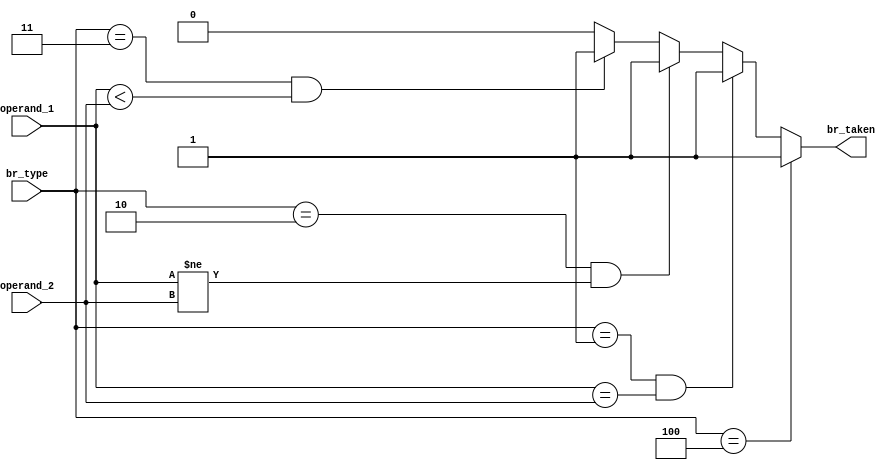
module BranchCondition(
    input[2:0] br_type,
    input[31:0] operand_1, operand_2,
    output reg br_taken
);
 
parameter NB = 3'b000;   
parameter BEQ = 3'b001;
parameter BNE = 3'b010;
parameter BLT = 3'b011;
parameter UC = 3'b100;

always@(*)
begin
    if((br_type == BEQ) && ($signed(operand_1) == $signed(operand_2)))
        br_taken = 1'b1;
    else if((br_type == BNE) && ($signed(operand_1) != $signed(operand_2)))
        br_taken = 1'b1;
    else if((br_type == BLT) && ($signed(operand_1) < $signed(operand_2)))
        br_taken = 1'b1;
    else if (br_type == NB)
        br_taken = 1'b0;
    else
        br_taken = 1'b0;
        
    if(br_type == UC)
        br_taken = 1'b1; 
        
end

endmodule